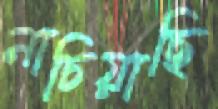
নাচিয়াছি